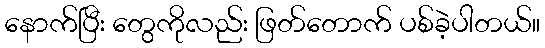
နောက်ပြီး တွေကိုလည်း ဖြတ်တောက် ပစ်ခဲ့ပါတယ်။